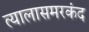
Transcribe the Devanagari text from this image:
त्यालासमरकंद